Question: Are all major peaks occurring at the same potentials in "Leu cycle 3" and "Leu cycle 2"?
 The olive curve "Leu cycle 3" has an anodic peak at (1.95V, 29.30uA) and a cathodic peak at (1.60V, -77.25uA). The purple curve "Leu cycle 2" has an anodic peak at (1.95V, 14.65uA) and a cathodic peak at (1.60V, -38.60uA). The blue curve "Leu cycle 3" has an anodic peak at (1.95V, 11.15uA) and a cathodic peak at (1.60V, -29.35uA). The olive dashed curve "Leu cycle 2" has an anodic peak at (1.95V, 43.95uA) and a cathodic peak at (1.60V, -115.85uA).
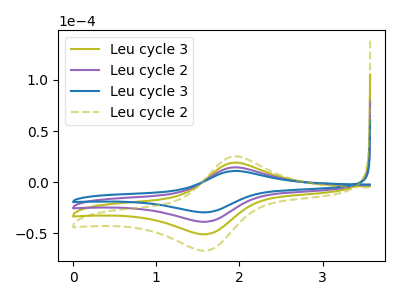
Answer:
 <answer>Yes, "Leu cycle 3" have a peak in "Leu cycle 2" at the same potential.</answer>
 <eval>match</eval>